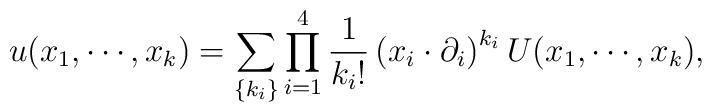
u(x_{1},\cdots ,x_{k})=\sum_{\{k_{i}\}}\prod_{i=1}^{4}\frac{1}{k_{i}!}\left(x_{i}\cdot \partial _{i}\right) ^{k_{i}}U(x_{1},\cdots ,x_{k}),